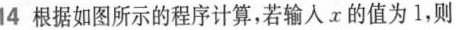
14 根据如图所示的程序计算，若输入x的值为1，则